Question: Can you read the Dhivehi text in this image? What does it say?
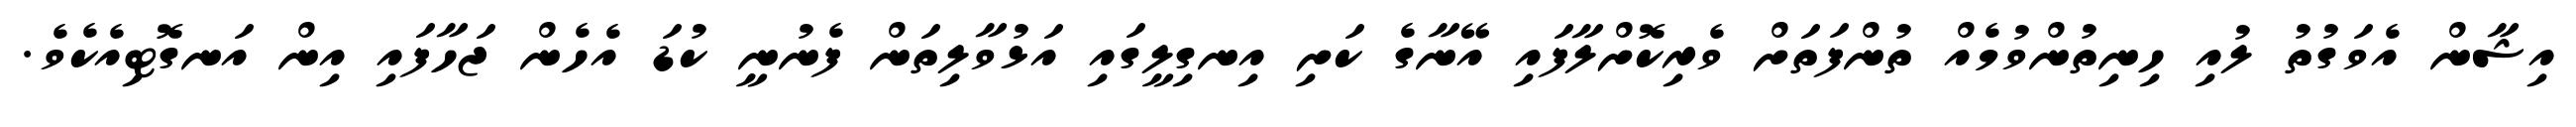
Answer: އިޝާން އެވަގުތު ލުއި ހިނިތުންވުމެއް ތުންފަތަށް ވެރިކޮށްލާފައި އޭނާގެ ކަށި އިނގިލީގައި އަޅުވާލިތަން ފެނުނީ ކުޑަ އެހެން ޖަހާފައި އިން އަނގޮޓިއެކެވެ.